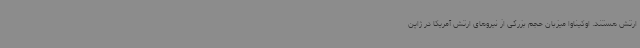
ارتش هستند. اوکیناوا میزبان حجم بزرگی از نیروهای ارتش آمریکا در ژاپن